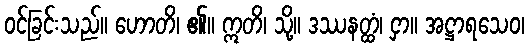
ဝင်ခြင်းသည်။ ဟောတိ၊ ၏။ ဣတိ၊ သို့။ ဒဿနတ္ထံ၊ ငှာ။ အဋ္ဌာရသေဝ၊